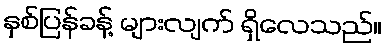
နှစ်ပြန်ခန့် များလျက် ရှိလေသည်။